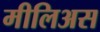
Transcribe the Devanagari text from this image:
मीलिअस